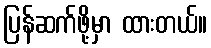
ပြန်ဆက်ဖို့မှာ ထားတယ်။